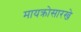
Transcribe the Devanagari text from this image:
मायक्रोसारखे